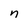
Character: n